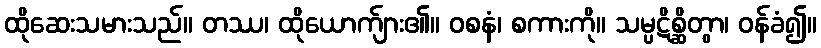
ထိုဆေးသမားသည်။ တဿ၊ ထိုယောက်ျား၏။ ဝစနံ၊ စကားကို။ သမ္ပဋိစ္ဆိတွာ၊ ဝန်ခံ၍။